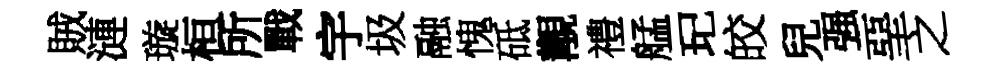
賊漣璇桓所戰宇圾融愧砥覯禮艋玘皎兒强堊之